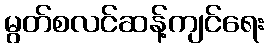
မွတ်စလင်ဆန့်ကျင်ရေး